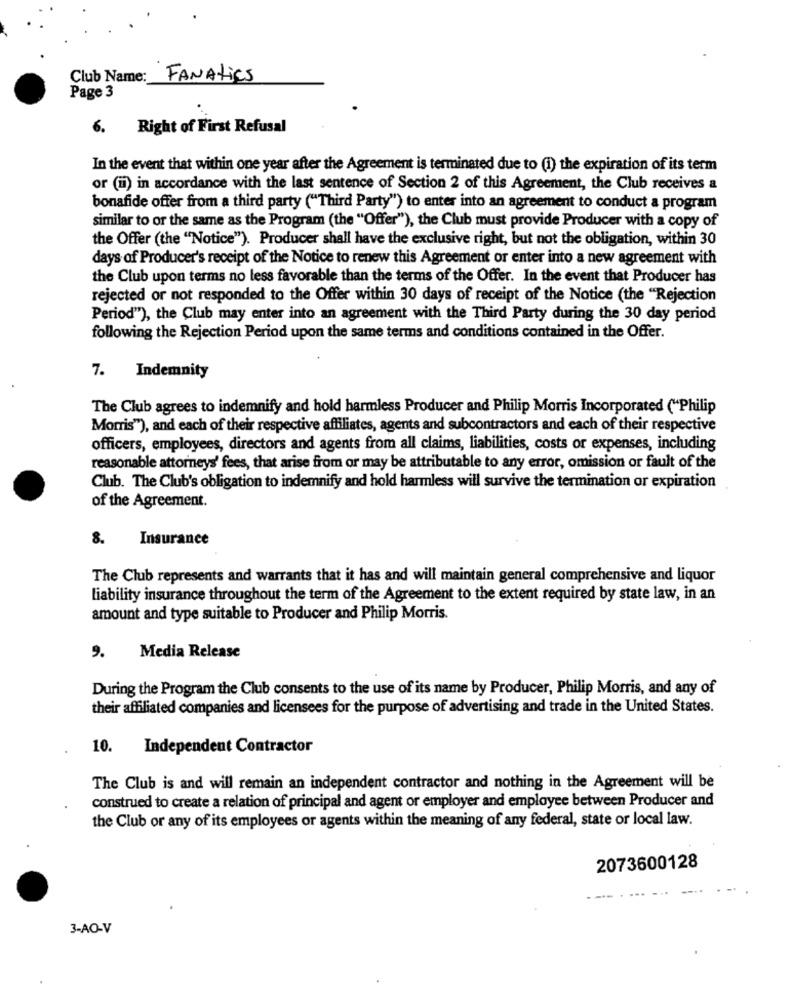
Club Name:
FANAtics
Page 3
6.
Right of First Refusal
In the event that within one year after the Agreement is terminated due to (1) the expiration of its term
or (ii) in accordance with the last sentence of Section 2 of this Agreement, the Club receives a
bonafide offer from a third party ("Third Party") to enter into an agreement to conduct a program
similar to or the same as the Program (the "Offer"), the Club must provide Producer with a copy of
the Offer (the "Notice"). Producer shall have the exclusive right, but not the obligation, within 30
days of Producer's receipt of the Notice to renew this Agreement or enter into a new agreement with
the Club upon terms no less favorable than the terms of the Offer. In the event that Producer has
rejected or not responded to the Offer within 30 days of receipt of the Notice (the "Rejection
Period"), the Club may enter into an agreement with the Third Party during the 30 day period
following the Rejection Period upon the same terms and conditions contained in the Offer.
7. Indemnity
The Club agrees to indemnify and hold harmless Producer and Philip Morris Incorporated ("Philip
Morris"), and each of their respective affiliates, agents and subcontractors and each of their respective
officers, employees, directors and agents from all claims, liabilities, costs or expenses, including
reasonable attorneys' fees, that arise from or may be attributable to any error, omission or fault of the
Club. The Club's obligation to indemnify and hold harmless will survive the termination or expiration
of the Agreement.
8.
Insurance
The Club represents and warrants that it has and will maintain general comprehensive and liquor
liability insurance throughout the term of the Agreement to the extent required by state law, in an
amount and type suitable to Producer and Philip Morris.
9.
Media Release
During the Program the Club consents to the use of its name by Producer, Philip Morris, and any of
their affiliated companies and licensees for the purpose of advertising and trade in the United States.
10. Independent Contractor
The Club is and will remain an independent contractor and nothing in the Agreement will be
construed to create a relation of principal and agent or employer and employee between Producer and
the Club or any of its employees or agents within the meaning of any federal, state or local law.
2073600128
3-AO-V